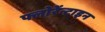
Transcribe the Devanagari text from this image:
फ्लोरेंन्टाइन